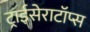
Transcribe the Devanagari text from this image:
ट्राईसेराटॉप्स